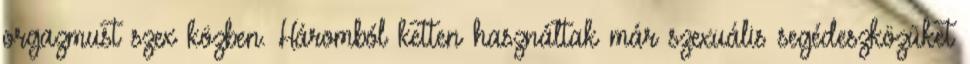
orgazmust szex közben. Háromból ketten használtak már szexuális segédeszközüket